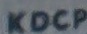
KDCP